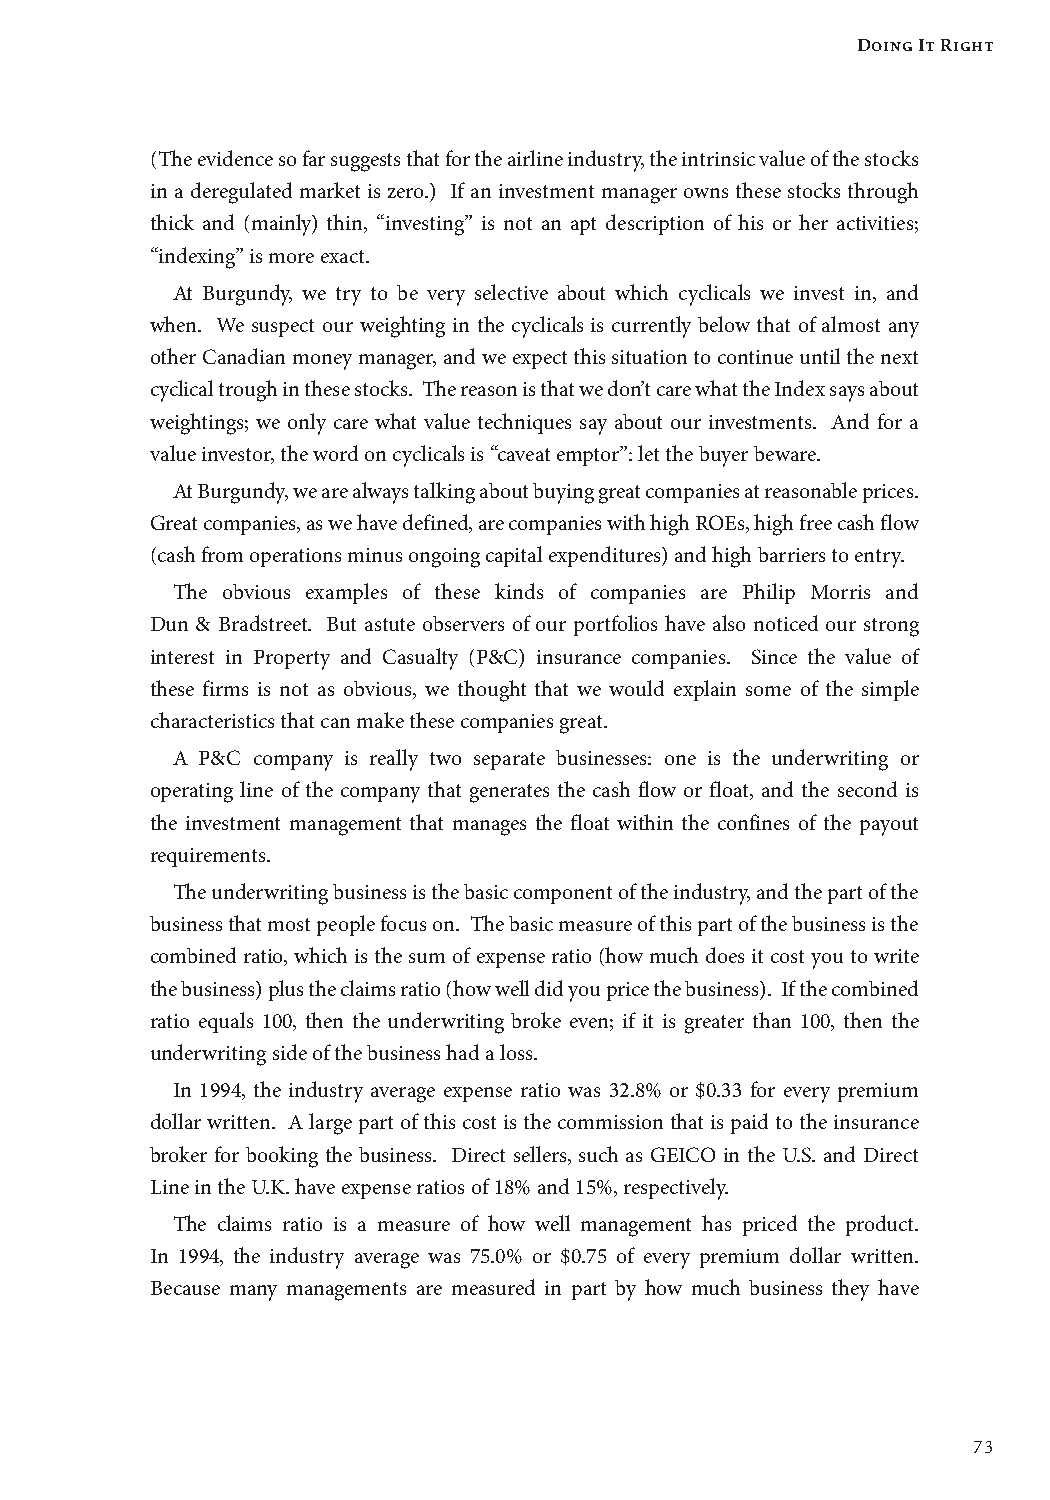
Doing It Right
 (The evidence so far suggests that for the airline industry, the intrinsic value of the stocks
 in a deregulated market is zero.) If an investment manager owns these stocks through
 thick and (mainly) thin, “investing” is not an apt description of his or her activities;
 “indexing” is more exact.
 At Burgundy, we try to be very selective about which cyclicals we invest in, and
 when. We suspect our weighting in the cyclicals is currently below that of almost any
 other Canadian money manager, and we expect this situation to continue until the next
 cyclical trough in these stocks. The reason is that we don’t care what the Index says about
 weightings; we only care what value techniques say about our investments. And for a
 value investor, the word on cyclicals is “caveat emptor”: let the buyer beware.
 At Burgundy, we are always talking about buying great companies at reasonable prices.
 Great companies, as we have defined, are companies with high ROEs, high free cash flow
 (cash from operations minus ongoing capital expenditures) and high barriers to entry.
 The obvious examples of these kinds of companies are Philip Morris and
 Dun & Bradstreet. But astute observers of our portfolios have also noticed our strong
 interest in Property and Casualty (P&C) insurance companies. Since the value of
 these firms is not as obvious, we thought that we would explain some of the simple
 characteristics that can make these companies great.
 A P&C company is really two separate businesses: one is the underwriting or
 operating line of the company that generates the cash flow or float, and the second is
 the investment management that manages the float within the confines of the payout
 requirements.
 The underwriting business is the basic component of the industry, and the part of the
 business that most people focus on. The basic measure of this part of the business is the
 combined ratio, which is the sum of expense ratio (how much does it cost you to write
 the business) plus the claims ratio (how well did you price the business). If the combined
 ratio equals 100, then the underwriting broke even; if it is greater than 100, then the
 underwriting side of the business had a loss.
 In 1994, the industry average expense ratio was 32.8% or $0.33 for every premium
 dollar written. A large part of this cost is the commission that is paid to the insurance
 broker for booking the business. Direct sellers, such as GEICO in the U.S. and Direct
 Line in the U.K. have expense ratios of 18% and 15%, respectively.
 The claims ratio is a measure of how well management has priced the product.
 In 1994, the industry average was 75.0% or $0.75 of every premium dollar written.
 Because many managements are measured in part by how much business they have
 73